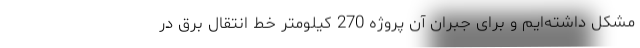
مشکل داشته‌ایم و برای جبران آن پروژه 270 کیلومتر خط انتقال برق در